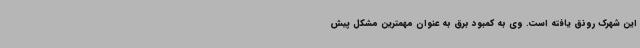
این شهرک رونق یافته است. وی به کمبود برق به عنوان مهمترین مشکل پیش